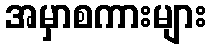
အမှာစကားများ